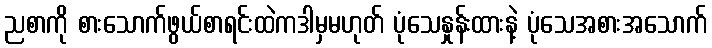
ညစာကို စားသောက်ဖွယ်စာရင်းထဲကဒါမှမဟုတ် ပုံသေနှုန်းထားနဲ့ ပုံသေအစားအသောက်